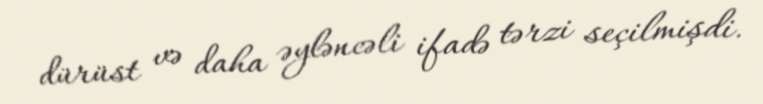
dürüst və daha əyləncəli ifadə tərzi seçilmişdi.